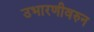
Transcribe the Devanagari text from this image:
उभारणीवरुन